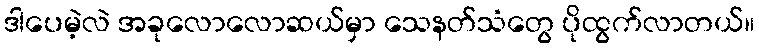
ဒါပေမဲ့လဲ အခုလောလောဆယ်မှာ သေနတ်သံတွေ ပိုထွက်လာတယ်။